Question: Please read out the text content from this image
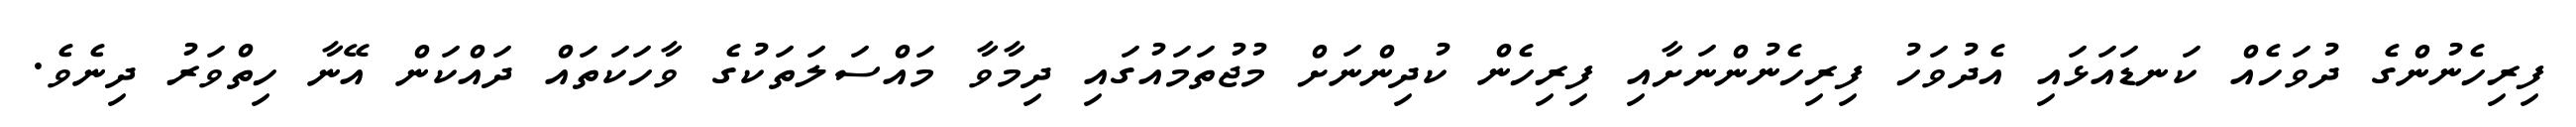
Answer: ފިރިހެނުންގެ ދުވަހެއް ކަނޑައަޅައި އެދުވަހު ފިރިހެނުންނަށާއި ފިރިހެން ކުދިންނަށް މުޖުތަމައުގައި ދިމާވާ މައްސަލަތަކުގެ ވާހަކަތައް ދައްކަން އޭނާ ހިތްވަރު ދިނެވެ.